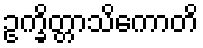
ဥက္ခိတ္တာသိကောတိ